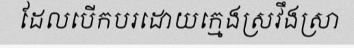
ដែលបើកបរដោយក្មេងស្រវឹងស្រា